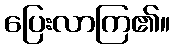
ပြေးလာကြ၏။